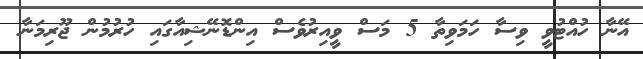
އޭނާ ހުއްޓުވީ ވިސާ ހަމަވިތާ 5 މަސް ވީއިރުވެސް އިންޑޮނޭޝިއާގައި ހުރުމުން ޖޫރިމަނާ